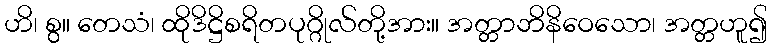
ဟိ၊ စွ။ တေသံ၊ ထိုဒိဋ္ဌိစရိတပုဂ္ဂိုလ်တို့အား။ အတ္တာဘိနိဝေသော၊ အတ္တဟူ၍